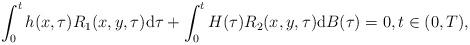
LaTeX: \begin{align*}\int_0^t h(x,\tau)R_1(x,y,\tau){\rm d}\tau +\int_0^t H(\tau )R_2(x,y,\tau){\rm d}B(\tau)=0,t\in (0,T),\end{align*}